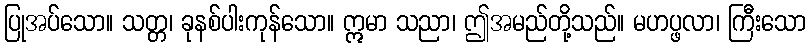
ပြုအပ်သော။ သတ္တ၊ ခုနစ်ပါးကုန်သော။ ဣမာ သညာ၊ ဤအမည်တို့သည်။ မဟပ္ဖလာ၊ ကြီးသော